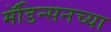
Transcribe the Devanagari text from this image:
मॅडिन्सनच्या